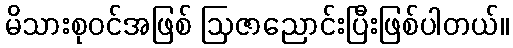
မိသားစုဝင်အဖြစ် ဩဇာညောင်းပြီးဖြစ်ပါတယ်။